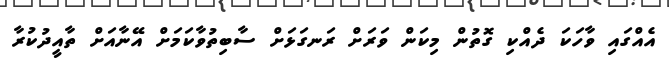
އެއްގައި ވާހަކަ ދެއްކި ގޮތުން މިކަން ވަރަށް ރަނގަޅަށް ސާބިތުވާކަމަށް އޭނާއަށް ތާއީދުކުރާ